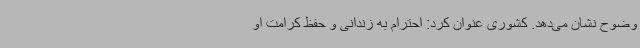
وضوح نشان می‌دهد. کشوری عنوان کرد: احترام به زندانی و حفظ کرامت او